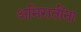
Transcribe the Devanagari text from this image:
अमिरातींना